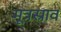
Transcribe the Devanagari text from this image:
मूत्रस्राव